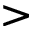
>